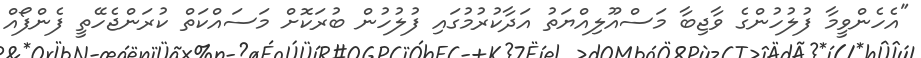
"އެހެންވީމާ ފުލުހުންގެ ވާޖިބާ މަސްއޫލިއްޔަތު އަދާކުރުމުގައި ފުލުހުން ބުރަކޮށް މަސައްކަތް ކުރަންޖެހޭތީ ފެންފޯއް